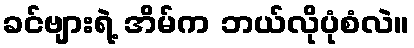
ခင်ဗျားရဲ့ အိမ်က ဘယ်လိုပုံစံလဲ။